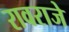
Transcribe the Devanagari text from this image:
रावराजे